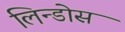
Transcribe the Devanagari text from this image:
लिन्डोस